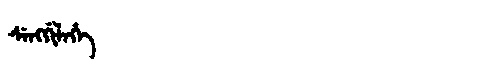
Manchu: ᠰᡝᠩᡤᡳᠯᡝᡥᡝ
Romanization: SENGGILEHE